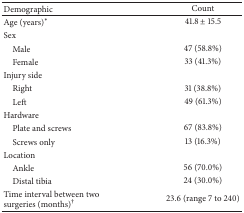
| Demographic | Count |
 | --- | --- |
 | Age (years)∗ | 41.8 ± 15.5 |
 | Sex |  |
 | Male | 47 (58.8%) |
 | Female | 33 (41.3%) |
 | Injury side |  |
 | Right | 31 (38.8%) |
 | Left | 49 (61.3%) |
 | Hardware |  |
 | Plate and screws | 67 (83.8%) |
 | Screws only | 13 (16.3%) |
 | Location |  |
 | Ankle | 56 (70.0%) |
 | Distal tibia | 24 (30.0%) |
 | Time interval between two surgeries (months)† | 23.6 (range 7 to 240) |